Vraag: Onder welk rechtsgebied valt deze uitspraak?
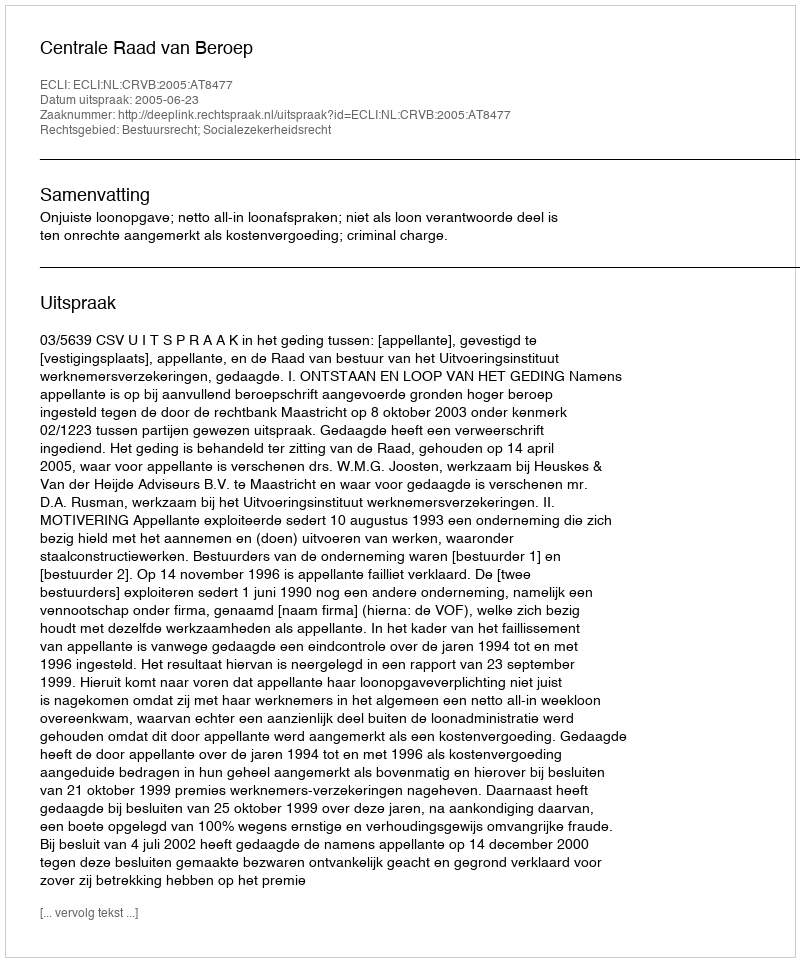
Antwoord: Bestuursrecht; Socialezekerheidsrecht